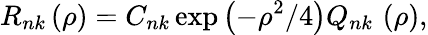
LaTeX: R_{nk}\left(\rho\right)=C_{nk}\exp\left(-\rho^{2}/4\right)Q_{nk}\, \left(\rho\right),